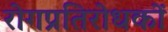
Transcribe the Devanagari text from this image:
रोगप्रतिरोधकों